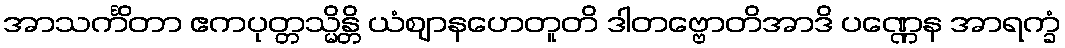
အာသင်္ကိတာ ဧကပုတ္တသ္မိန္တိ ယံဈာနဟေတူတိ ဒါတဗ္ဗောတိအာဒိ ပဏ္ဏေန အာရက္ခံ